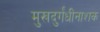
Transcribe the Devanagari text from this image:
मुखदुर्गंधीनाशक